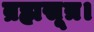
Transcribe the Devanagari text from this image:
ब्रह्मसूत्र।